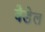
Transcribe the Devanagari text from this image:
वैडेल